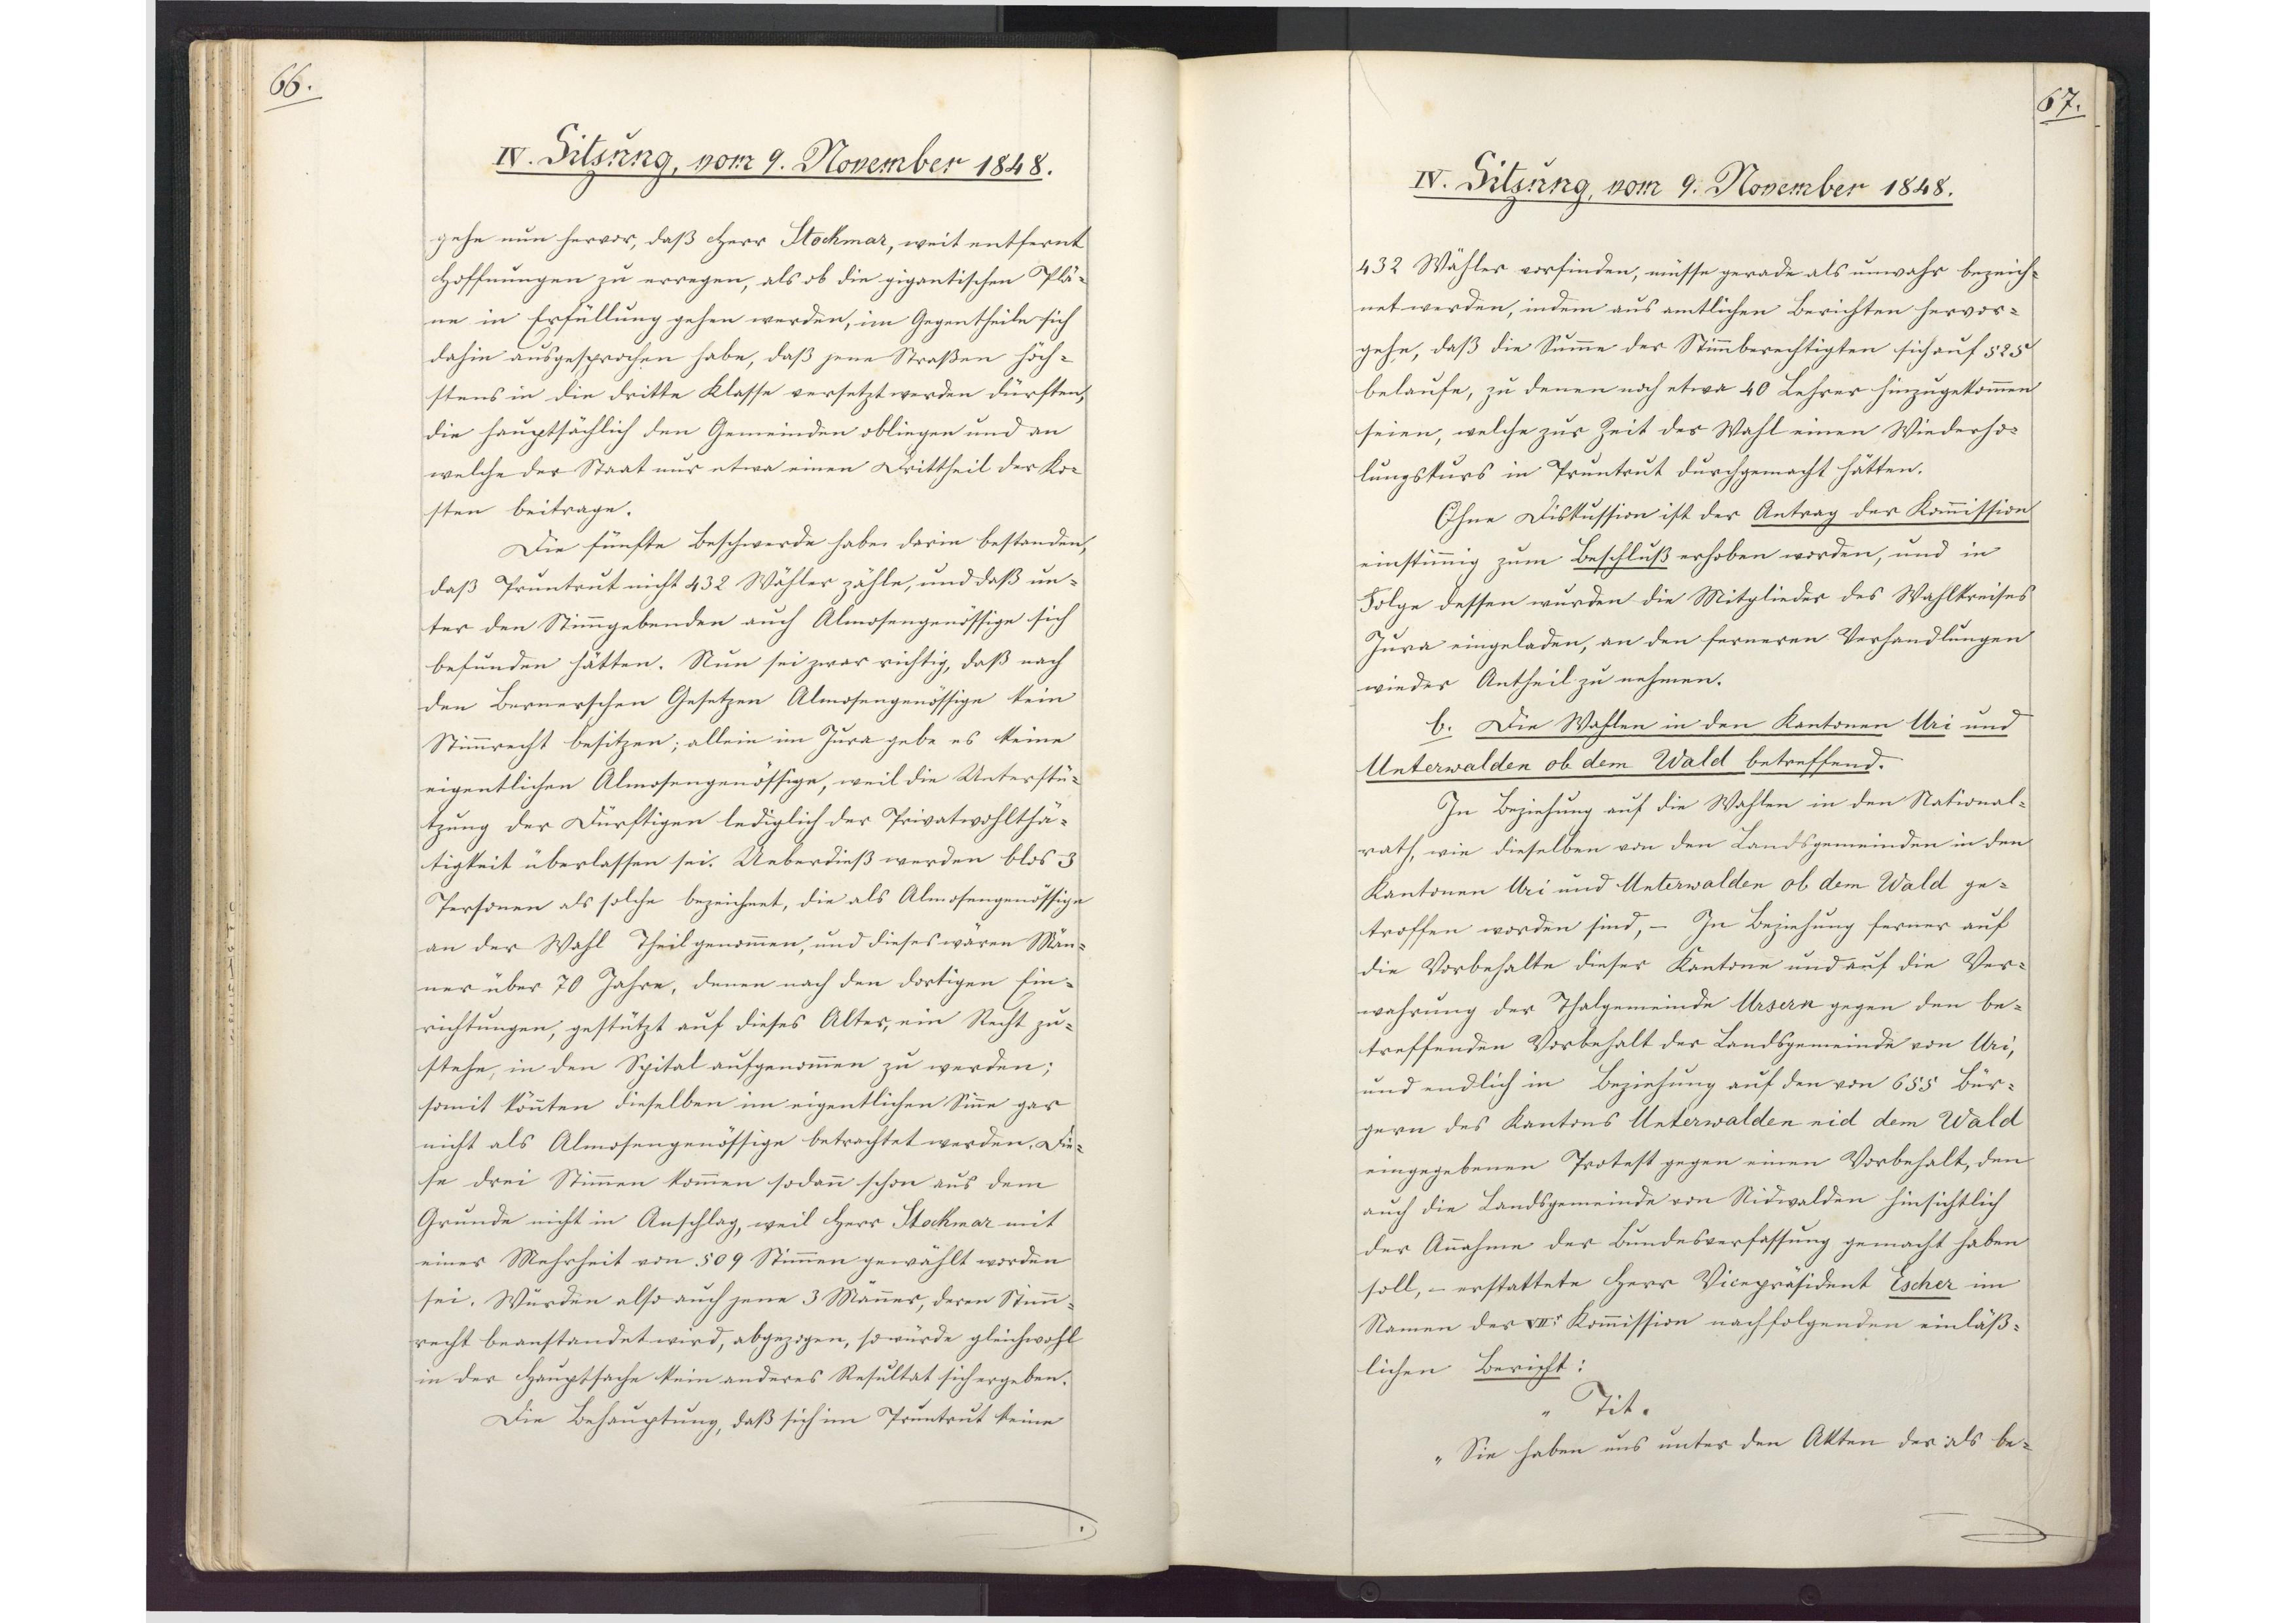
66.

IV. Sitzung, vom 9. November 1848.

gehe nun hervor, daß Herr Stochmar, weit entfernt
Hoffnungen zu erregen, als ob die gigantischen Plä¬
ne in Erfüllung gehen werden, im Gegentheile sich
dahin ausgesprochen habe, daß jene Straßen höch¬
stens in die dritte Klasse versetzt werden dürften,
die hauptsächlich den Gemeinden obliegen und an
welche der Staat nur etwa einen Drittheil der Ko¬
sten beitrage.
Die fünfte Beschwerde habe darin bestanden,
daß Pruntrut nicht 432 Wähler zähle, und daß un-
ter den Stimmgebenden auch Almosengenössige sich
befunden hätten. Nun sei zwar richtig, daß nach
den Bernerschen Gesetzen Almosengenössige kein
Stimmrecht besitzen; allein im Jura gebe es keine
eigentlichen Almosengenössige, weil die Unterstü¬
tzung der Dürftigen lediglich der Privatwohlthä¬
tigkeit überlassen sei. Ueberdieß werden blos 3
Personen als solche bezeichnet, die als Almosengenössige
an der Wahl Theil genommen, und dieses waren Män¬
ner über 70 Jahre, denen nach den dortigen Ein¬
richtungen, gestützt auf dieses Alter, ein Recht zu¬
stehe, in den Spital aufgenommen zu werden;
somit könnten dieselben im eigentlichen Sinne gar
nicht als Almosengenössige betrachtet werden. Die¬
se drei Stimmen kommen sodann schon aus dem
Grunde nicht in Anschlag, weil Herr Stockmar mit
einer Mehrheit von 509 Stimmen gewählt worden
sei. Würden also auch jene 3 Männer, deren Stimm¬
recht beanstandet wird, abgezogen, so würde gleichwohl
in der Hauptsache kein anderes Resultat sich ergeben.
Die Behauptung, daß sich im Pruntrut keine

67.

IV. Sitzung, vom 9. November 1848.

432 Wähler vorfinden, müsse gerade als unwahr bezeich¬
net werden, indem aus amtlichen Berichten hervor¬
gehe, daß die Summe der Stimmberechtigten sich auf 525
belaufe, zu denen noch etwa 40 Lehrer hinzugekommen
seien, welche zur Zeit der Wahl einen Wiederho¬
lungskurs in Pruntrut durchgemacht hätten.
Ohne Diskussion ist der Antrag der Kommission
einstimmig zum Beschluß erhoben worden, und in
Folge dessen wurden die Mitglieder des Wahlkreises
Jura eingeladen, an den ferneren Verhandlungen
wieder Antheil zu nehmen.
b. Die Wahlen in den Kantonen Uri und
Unterwalden ob dem Wald betreffend.
In Beziehung auf die Wahlen in den National¬
rath, wie dieselben von den Landsgemeinden in den
Kantonen Uri und Unterwalden ob dem Wald ge¬
troffen worden sind, - In Beziehung ferner auf
die Vorbehalte dieser Kantone und auf die Ver¬
wahrung der Thalgemeinde Ursern gegen den be¬
treffenden Vorbehalt der Landsgemeinde von Uri,
und endlich in Beziehung auf den von 655 Bür¬
gern des Kantons Unterwalden nid dem Wald
eingegebenen Protest gegen einen Vorbehalt, den
auch die Landsgemeinde von Nidwalden hinsichtlich
der Annahme der Bundesverfassung gemacht haben
soll, - erstattete Herr Vicepräsident Escher im
Namen der VIIer Kommission nachfolgenden einläß¬
lichen Bericht:
"Tit.
Sie haben uns unter den Akten der als be¬